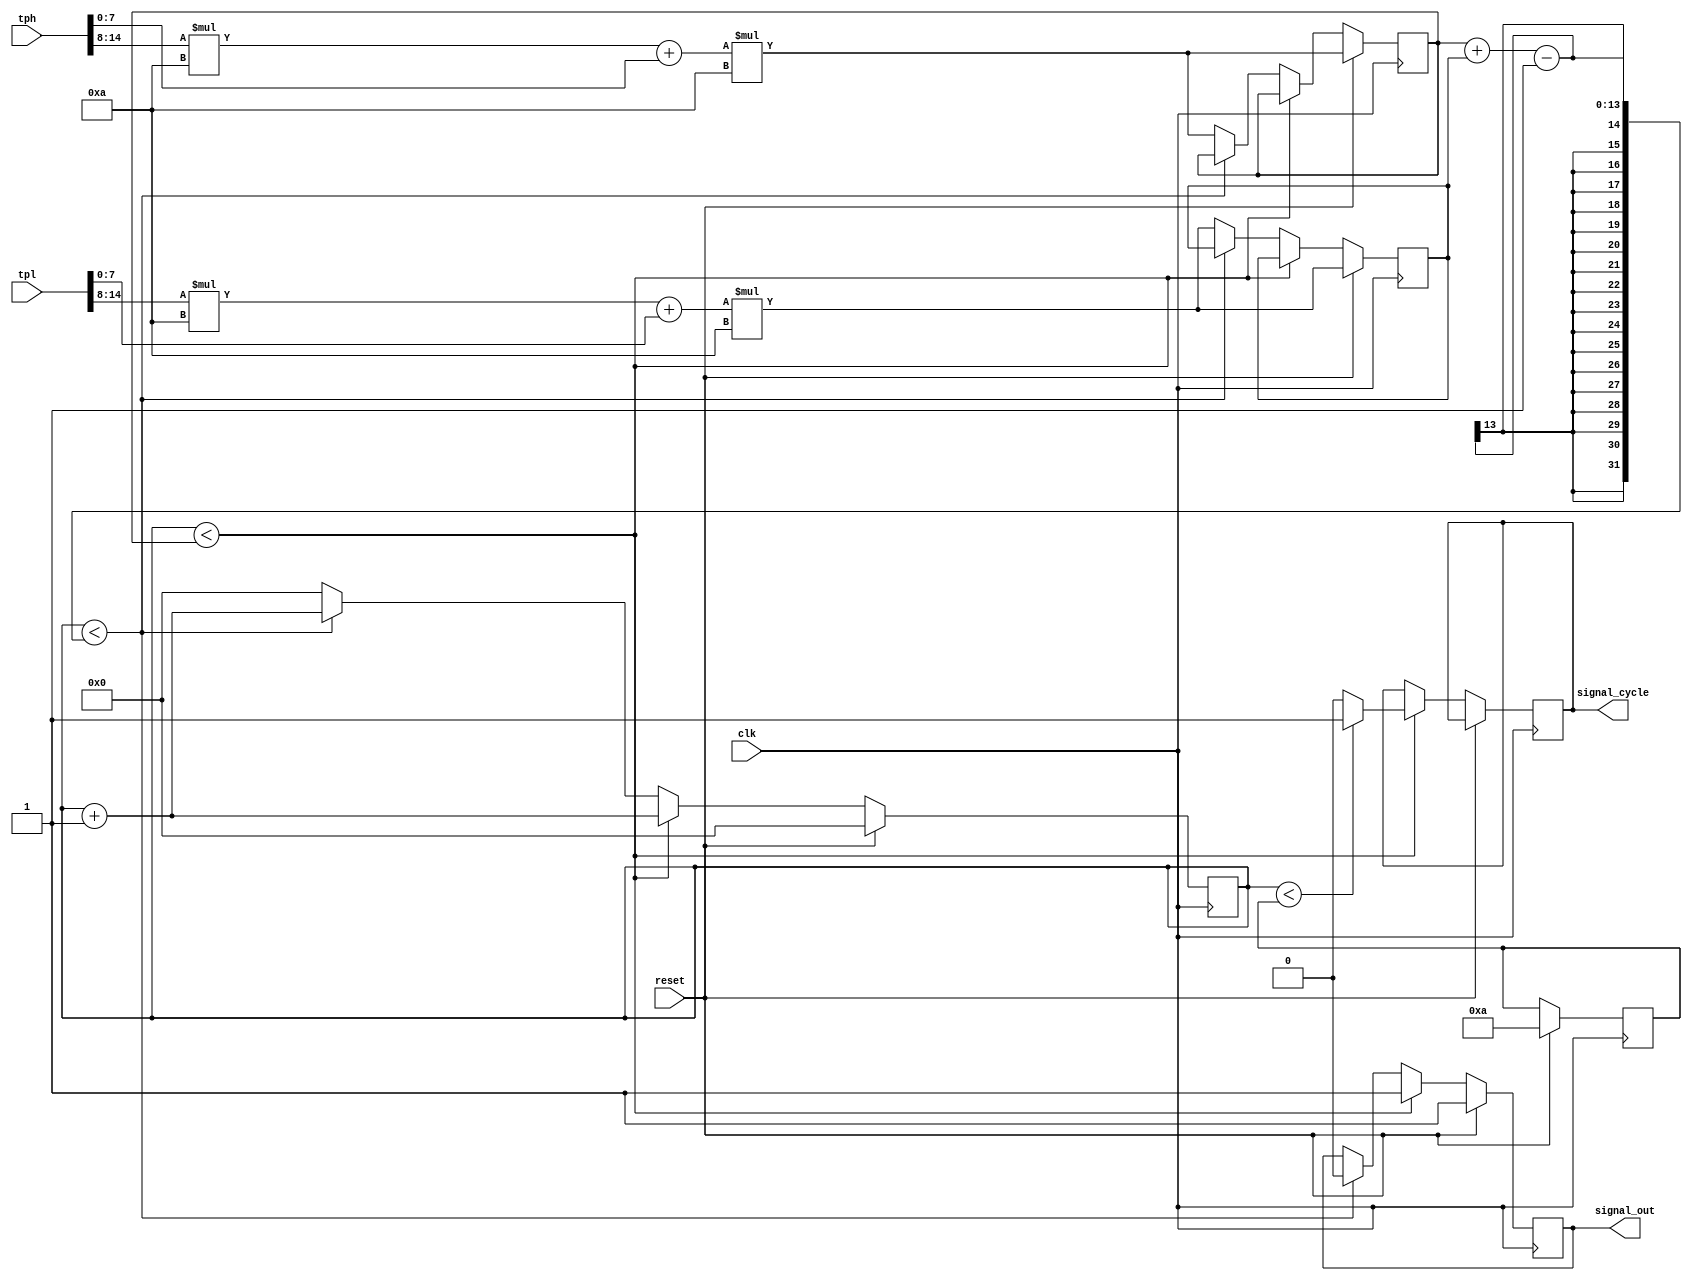
module signal_generator(
    input   wire            clk,
    input   wire            reset,
    input   wire [15:0]     tph,
    input   wire [15:0]     tpl,
    output  reg             signal_out,
    output  reg             signal_cycle
);

reg [11:0]                  tph_cycles;
reg [11:0]                  tpl_cycles;
reg [11:0]                  high_cycles;
reg [11:0]                  counter;

always @(posedge clk) begin
    if (reset) begin
        signal_out<=1;
        counter<=0;
        tph_cycles<=convert_to_cycles(tph);
        tpl_cycles<=convert_to_cycles(tpl);
        high_cycles<=10;
    end else begin
            if (counter < tph_cycles) begin
                if (counter < high_cycles) signal_cycle = 1; else signal_cycle = 0;
                // Signal is high
                signal_out <= 1;
                counter <= counter + 1;
            end else if (counter < tph_cycles + tpl_cycles-1) begin
                // Signal is low
                signal_out <= 0;
                counter <= counter + 1;
            end else begin
                // Reset counter
                counter <= 0;
                // Update cycles
                tph_cycles <= convert_to_cycles(tph);
                tpl_cycles <= convert_to_cycles(tpl);
            end
    end
end

function [11:0] convert_to_cycles(input [15:0] time_in_microseconds_format);
    reg [6:0]   first_digit;
    reg [7:0]   second_digit;
    reg [11:0]  time_in_microseconds;
    begin
        // Extract relevent values
        first_digit = time_in_microseconds_format[14:8];
        second_digit = time_in_microseconds_format[7:0];

        // Combine values ( note: 9.9 us is 99 here to simplify)
        time_in_microseconds = first_digit * 10 + second_digit;

        // Convert microseconds to clock cycles (because time_in_microseconds is 99 instead of 9.9, multiple by 10 instead of 100.)
        convert_to_cycles = time_in_microseconds * 10;
    end
endfunction

endmodule